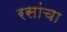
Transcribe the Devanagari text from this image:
रसांचा